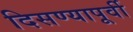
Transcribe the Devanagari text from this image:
दिसण्यापूर्वी